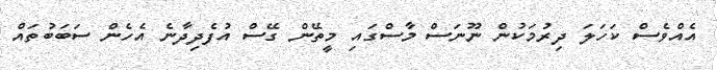
އެއްވެސް ކަހަލަ ދިރުމަކުން ނޫނަސް މާސްގައި މީތޭން ގޭސް އުފެދިދާނެ އެހެން ސަބަބުތައް